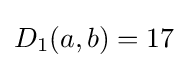
D_{1}(a,b)=17